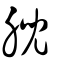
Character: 腉